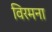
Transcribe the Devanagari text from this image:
विरमना